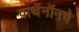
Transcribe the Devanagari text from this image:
पार्थेनॉनचे